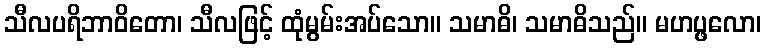
သီလပရိဘာဝိတော၊ သီလဖြင့် ထုံမွမ်းအပ်သော။ သမာဓိ၊ သမာဓိသည်။ မဟပ္ဖလော၊